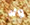
ولا